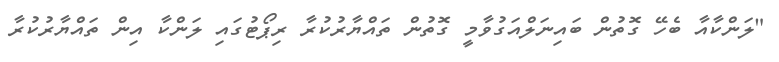
"ލަންކާއާ ބެހޭ ގޮތުން ބައިނަލްއަގުވާމީ ގޮތުން ތައްޔާރުކުރާ ރިޕޯޓުގައި ލަންކާ އިން ތައްޔާރުކުރާ